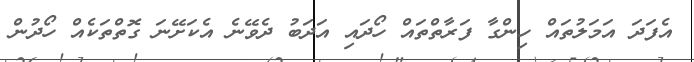
އެފަދަ އަމަލުތައް ހިންގާ ފަރާތްތައް ހޯދައި އަދަބު ދެވޭނެ އެކަށޭނަ ގޮތްތަކެއް ހޯދުން